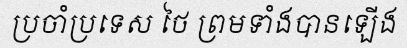
ប្រចាំប្រទេស ថៃ ព្រមទាំងបានឡើង